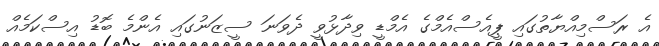
އެ ރަސްމިއްޔާތުގައި ޕީއެސްއެމްގެ އެމްޑީ ވިދާޅުވީ ދެވަނަ ސީޒަނުގައި އެންމެ ބޮޑު އިސްކަމެއް